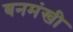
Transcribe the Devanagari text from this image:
बनमंखी